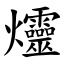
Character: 爧